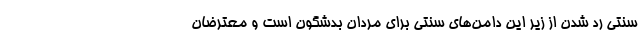
سنتی رد شدن از زیر این دامن‌های سنتی برای مردان بدشگون است و معترضان